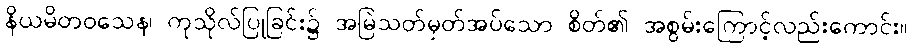
နိယမိတဝသေန၊ ကုသိုလ်ပြုခြင်း၌ အမြဲသတ်မှတ်အပ်သော စိတ်၏ အစွမ်းကြောင့်လည်းကောင်း။